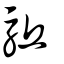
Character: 駈